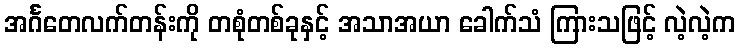
အင်္ဂတေလက်တန်းကို တစုံတစ်ခုနှင့် အသာအယာ ခေါက်သံ ကြားသဖြင့် လဲ့လဲ့က